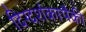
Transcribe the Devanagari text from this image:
दिग्दर्शकापैकी